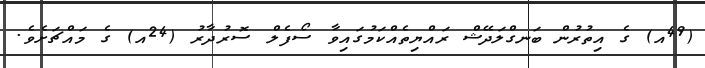
(49އ) ގެ އިތުރުން ބަނގްލަދޭޝް ރައްޔިތެއްކަމުގައިވާ ސޯފެލް ސޮރުދާރު (24އ) ގެ މައްޗަށެވެ.